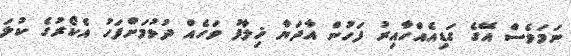
ނަމަވެސް އޭގެ ގަޑިއެއްހާއިރު ފަހުން އާދަޔާ ޚިލާފު ވަހެއް ދުވުމަށްފަހު އެކޯރުގެ ކުލަ